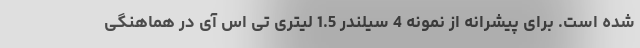
شده است. برای پیشرانه از نمونه 4 سیلندر 1.5 لیتری تی اس آی در هماهنگی